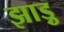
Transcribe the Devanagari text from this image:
झाड़ु